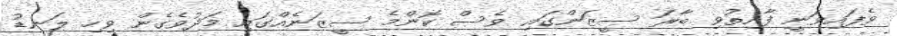
ވެފައިވަނީ ފާއިތުވި ބާރަ ސީޒަންގައި ވެސް ކޮންމެ ސީޒަނެއްގައި މަދުވެގެން ވިހި ލަނޑު